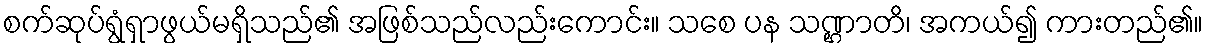
စက်ဆုပ်ရွံရှာဖွယ်မရှိသည်၏ အဖြစ်သည်လည်းကောင်း။ သစေ ပန သဏ္ဌာတိ၊ အကယ်၍ ကားတည်၏။